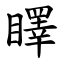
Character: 䁺